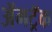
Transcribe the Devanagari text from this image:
ॲमट्रॅक